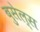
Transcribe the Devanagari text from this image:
बुसेल्स